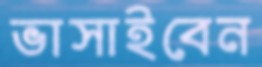
ভাসাইবেন